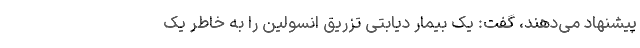
پیشنهاد می‌دهند، گفت: یک بیمار دیابتی تزریق انسولین را به خاطر یک